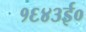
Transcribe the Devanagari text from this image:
१६४३ई०